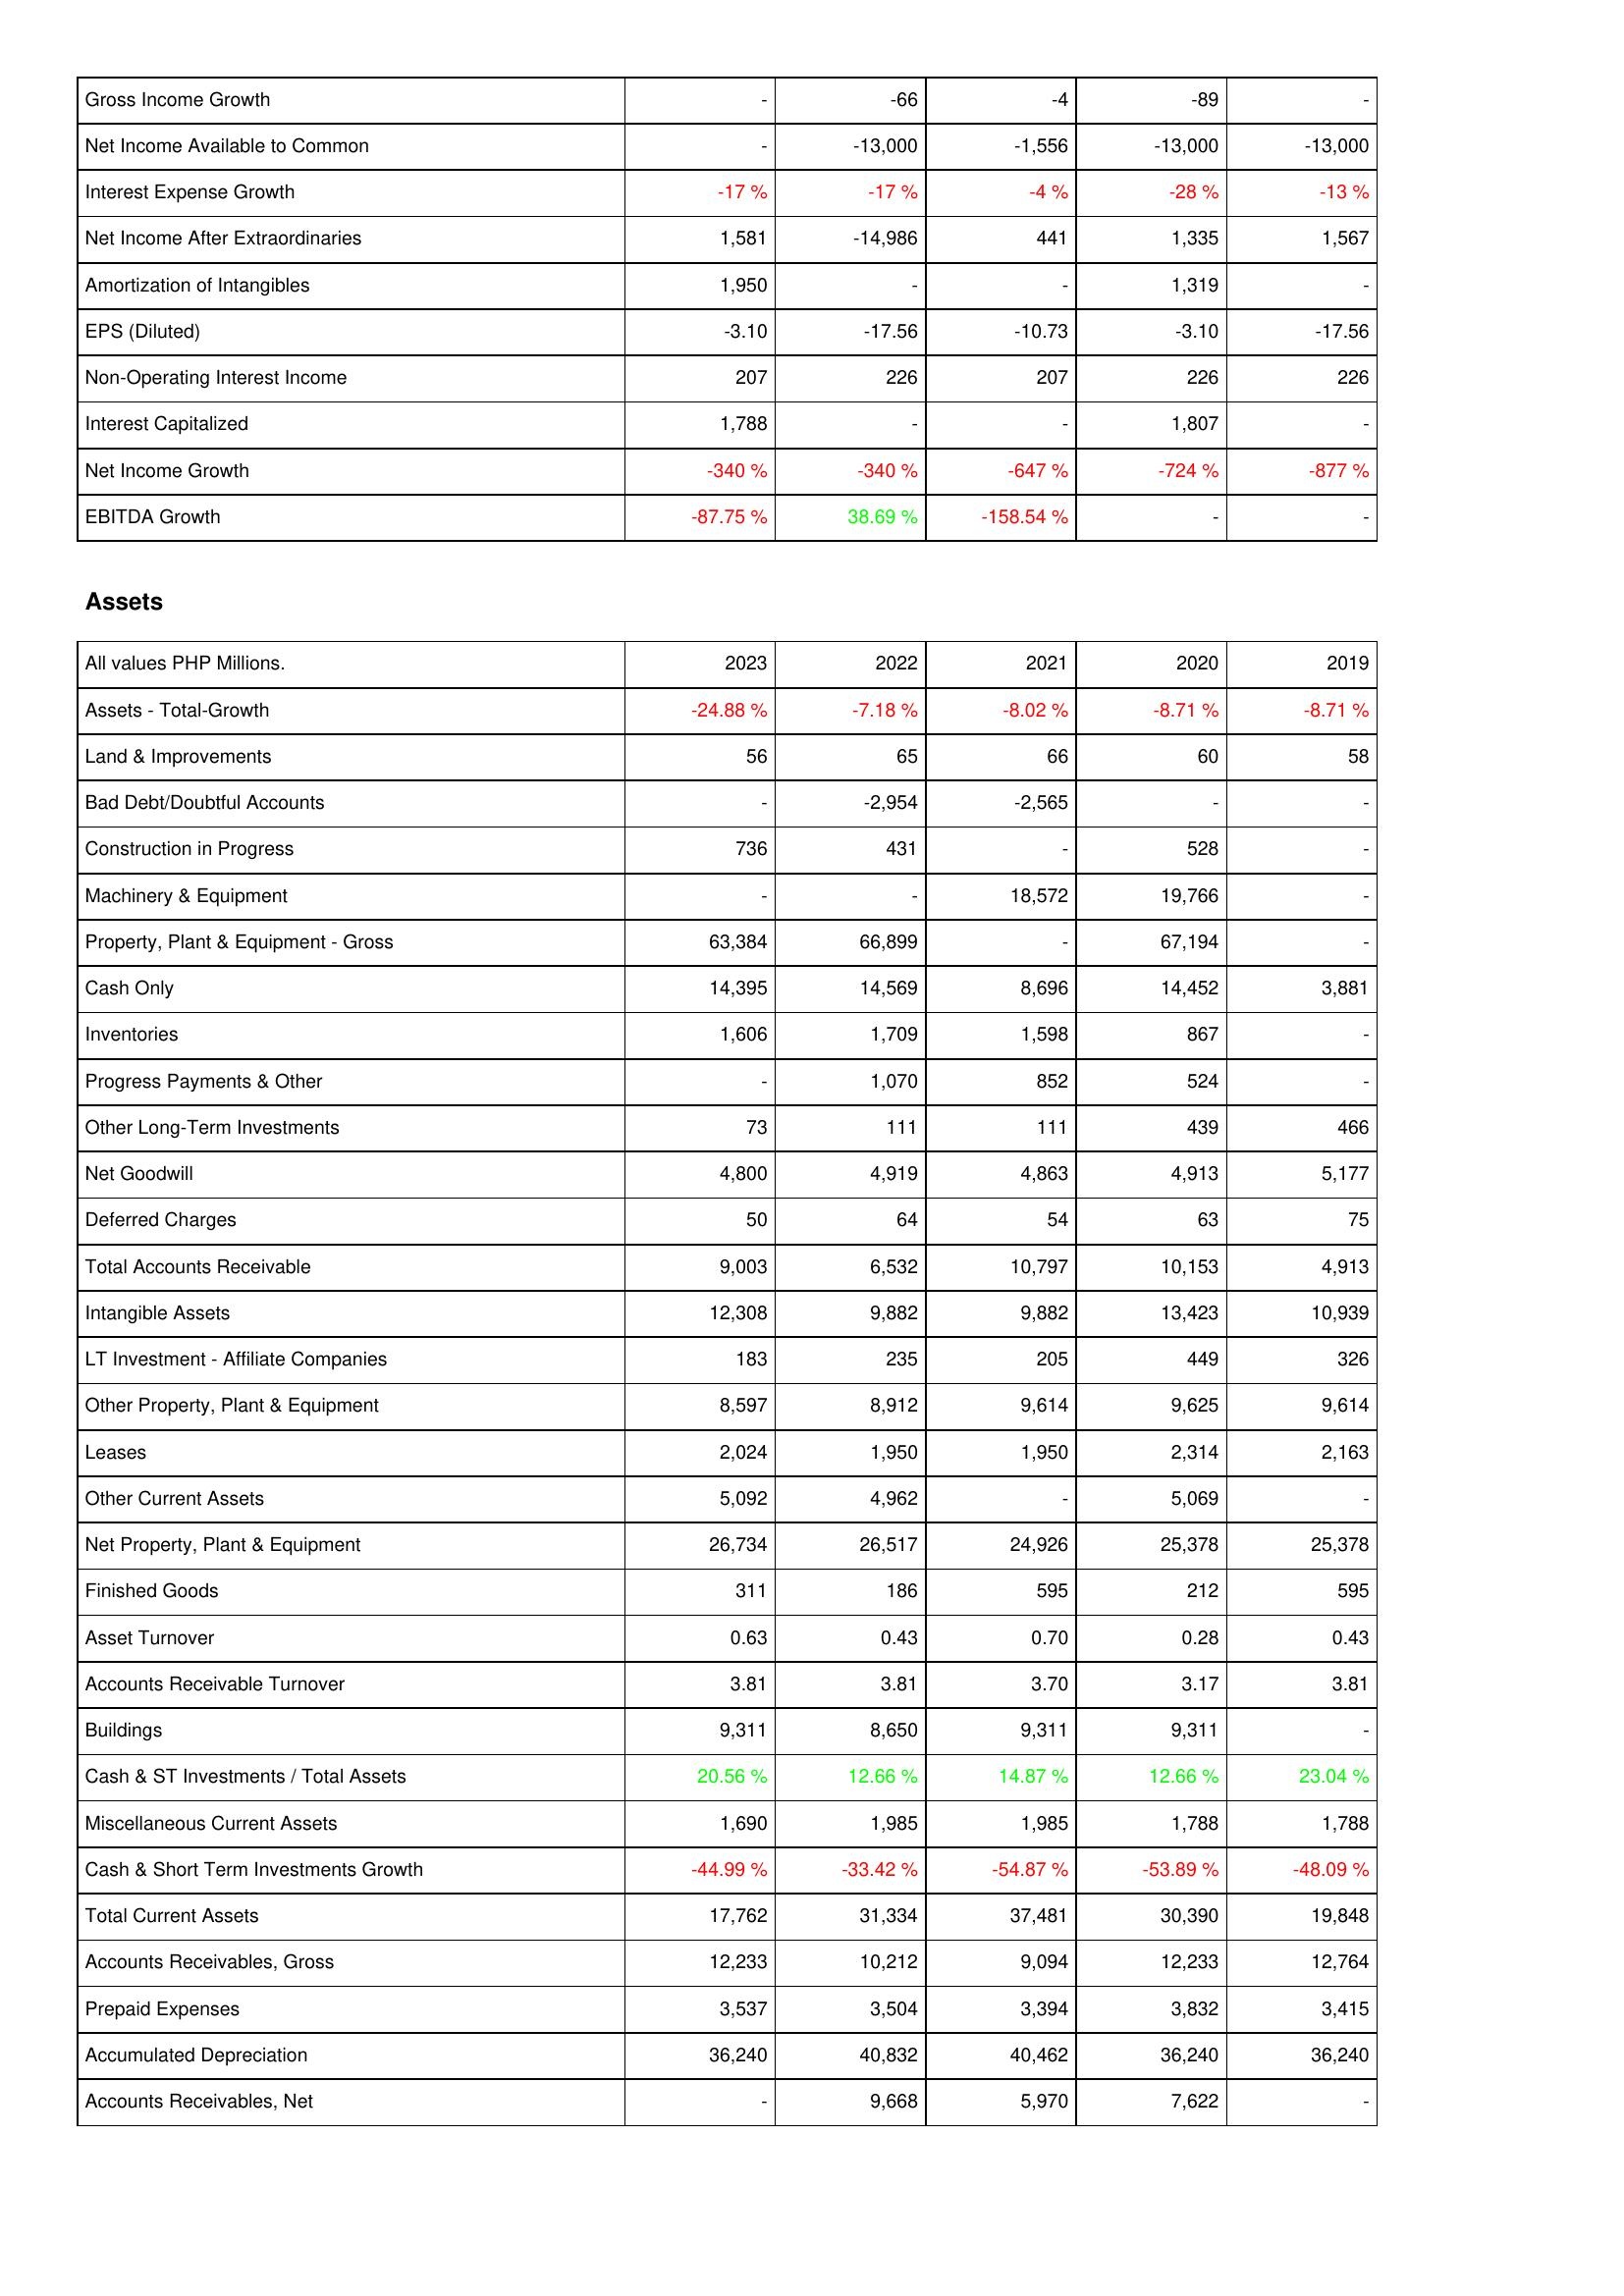
2023: Income Statement: Gross Income Growth: -
Net Income Available to Common: -
Interest Expense Growth: -17 %
Net Income After Extraordinaries: 1,581
Amortization of Intangibles: 1,950
EPS (Diluted): -3.10
Non-Operating Interest Income: 207
Interest Capitalized: 1,788
Net Income Growth: -340 %
EBITDA Growth: -87.75 %
Assets: Assets - Total-Growth: -24.88 %
Land & Improvements: 56
Bad Debt/Doubtful Accounts: -
Construction in Progress: 736
Machinery & Equipment: -
Property, Plant & Equipment - Gross: 63,384
Cash Only: 14,395
Inventories: 1,606
Progress Payments & Other: -
Other Long-Term Investments: 73
Net Goodwill: 4,800
Deferred Charges: 50
Total Accounts Receivable: 9,003
Intangible Assets: 12,308
LT Investment - Affiliate Companies: 183
Other Property, Plant & Equipment: 8,597
Leases: 2,024
Other Current Assets: 5,092
Net Property, Plant & Equipment: 26,734
Finished Goods: 311
Asset Turnover: 0.63
Accounts Receivable Turnover: 3.81
Buildings: 9,311
Cash & ST Investments / Total Assets: 20.56 %
Miscellaneous Current Assets: 1,690
Cash & Short Term Investments Growth: -44.99 %
Total Current Assets: 17,762
Accounts Receivables, Gross: 12,233
Prepaid Expenses: 3,537
Accumulated Depreciation: 36,240
Accounts Receivables, Net: -
2022: Income Statement: Gross Income Growth: -66
Net Income Available to Common: -13,000
Interest Expense Growth: -17 %
Net Income After Extraordinaries: -14,986
Amortization of Intangibles: -
EPS (Diluted): -17.56
Non-Operating Interest Income: 226
Interest Capitalized: -
Net Income Growth: -340 %
EBITDA Growth: 38.69 %
Assets: Assets - Total-Growth: -7.18 %
Land & Improvements: 65
Bad Debt/Doubtful Accounts: -2,954
Construction in Progress: 431
Machinery & Equipment: -
Property, Plant & Equipment - Gross: 66,899
Cash Only: 14,569
Inventories: 1,709
Progress Payments & Other: 1,070
Other Long-Term Investments: 111
Net Goodwill: 4,919
Deferred Charges: 64
Total Accounts Receivable: 6,532
Intangible Assets: 9,882
LT Investment - Affiliate Companies: 235
Other Property, Plant & Equipment: 8,912
Leases: 1,950
Other Current Assets: 4,962
Net Property, Plant & Equipment: 26,517
Finished Goods: 186
Asset Turnover: 0.43
Accounts Receivable Turnover: 3.81
Buildings: 8,650
Cash & ST Investments / Total Assets: 12.66 %
Miscellaneous Current Assets: 1,985
Cash & Short Term Investments Growth: -33.42 %
Total Current Assets: 31,334
Accounts Receivables, Gross: 10,212
Prepaid Expenses: 3,504
Accumulated Depreciation: 40,832
Accounts Receivables, Net: 9,668
2021: Income Statement: Gross Income Growth: -4
Net Income Available to Common: -1,556
Interest Expense Growth: -4 %
Net Income After Extraordinaries: 441
Amortization of Intangibles: -
EPS (Diluted): -10.73
Non-Operating Interest Income: 207
Interest Capitalized: -
Net Income Growth: -647 %
EBITDA Growth: -158.54 %
Assets: Assets - Total-Growth: -8.02 %
Land & Improvements: 66
Bad Debt/Doubtful Accounts: -2,565
Construction in Progress: -
Machinery & Equipment: 18,572
Property, Plant & Equipment - Gross: -
Cash Only: 8,696
Inventories: 1,598
Progress Payments & Other: 852
Other Long-Term Investments: 111
Net Goodwill: 4,863
Deferred Charges: 54
Total Accounts Receivable: 10,797
Intangible Assets: 9,882
LT Investment - Affiliate Companies: 205
Other Property, Plant & Equipment: 9,614
Leases: 1,950
Other Current Assets: -
Net Property, Plant & Equipment: 24,926
Finished Goods: 595
Asset Turnover: 0.70
Accounts Receivable Turnover: 3.70
Buildings: 9,311
Cash & ST Investments / Total Assets: 14.87 %
Miscellaneous Current Assets: 1,985
Cash & Short Term Investments Growth: -54.87 %
Total Current Assets: 37,481
Accounts Receivables, Gross: 9,094
Prepaid Expenses: 3,394
Accumulated Depreciation: 40,462
Accounts Receivables, Net: 5,970
2020: Income Statement: Gross Income Growth: -89
Net Income Available to Common: -13,000
Interest Expense Growth: -28 %
Net Income After Extraordinaries: 1,335
Amortization of Intangibles: 1,319
EPS (Diluted): -3.10
Non-Operating Interest Income: 226
Interest Capitalized: 1,807
Net Income Growth: -724 %
EBITDA Growth: -
Assets: Assets - Total-Growth: -8.71 %
Land & Improvements: 60
Bad Debt/Doubtful Accounts: -
Construction in Progress: 528
Machinery & Equipment: 19,766
Property, Plant & Equipment - Gross: 67,194
Cash Only: 14,452
Inventories: 867
Progress Payments & Other: 524
Other Long-Term Investments: 439
Net Goodwill: 4,913
Deferred Charges: 63
Total Accounts Receivable: 10,153
Intangible Assets: 13,423
LT Investment - Affiliate Companies: 449
Other Property, Plant & Equipment: 9,625
Leases: 2,314
Other Current Assets: 5,069
Net Property, Plant & Equipment: 25,378
Finished Goods: 212
Asset Turnover: 0.28
Accounts Receivable Turnover: 3.17
Buildings: 9,311
Cash & ST Investments / Total Assets: 12.66 %
Miscellaneous Current Assets: 1,788
Cash & Short Term Investments Growth: -53.89 %
Total Current Assets: 30,390
Accounts Receivables, Gross: 12,233
Prepaid Expenses: 3,832
Accumulated Depreciation: 36,240
Accounts Receivables, Net: 7,622
2019: Income Statement: Gross Income Growth: -
Net Income Available to Common: -13,000
Interest Expense Growth: -13 %
Net Income After Extraordinaries: 1,567
Amortization of Intangibles: -
EPS (Diluted): -17.56
Non-Operating Interest Income: 226
Interest Capitalized: -
Net Income Growth: -877 %
EBITDA Growth: -
Assets: Assets - Total-Growth: -8.71 %
Land & Improvements: 58
Bad Debt/Doubtful Accounts: -
Construction in Progress: -
Machinery & Equipment: -
Property, Plant & Equipment - Gross: -
Cash Only: 3,881
Inventories: -
Progress Payments & Other: -
Other Long-Term Investments: 466
Net Goodwill: 5,177
Deferred Charges: 75
Total Accounts Receivable: 4,913
Intangible Assets: 10,939
LT Investment - Affiliate Companies: 326
Other Property, Plant & Equipment: 9,614
Leases: 2,163
Other Current Assets: -
Net Property, Plant & Equipment: 25,378
Finished Goods: 595
Asset Turnover: 0.43
Accounts Receivable Turnover: 3.81
Buildings: -
Cash & ST Investments / Total Assets: 23.04 %
Miscellaneous Current Assets: 1,788
Cash & Short Term Investments Growth: -48.09 %
Total Current Assets: 19,848
Accounts Receivables, Gross: 12,764
Prepaid Expenses: 3,415
Accumulated Depreciation: 36,240
Accounts Receivables, Net: -